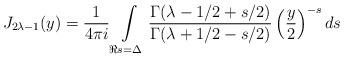
LaTeX: \begin{align*}J_{2\lambda-1}(y)=\frac{1}{4\pi i}\int\limits_{\Re s=\Delta}\frac{\Gamma(\lambda-1/2+s/2)}{\Gamma(\lambda+1/2-s/2)}\left(\frac{y}{2}\right)^{-s}ds\end{align*}